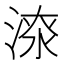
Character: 𣸷